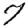
Digit: 7